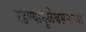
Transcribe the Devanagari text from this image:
रडण्यामुळेश्वसनाच्या